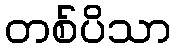
တစ်ပိသာ